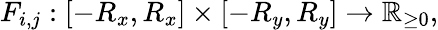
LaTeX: F_{i,j}:[-R_{x},R_{x}]\times[-R_{y},R_{y}]\rightarrow\mathbb{R}_{\ge 0},